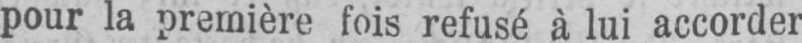
pour la première fois refusé à lui accorder